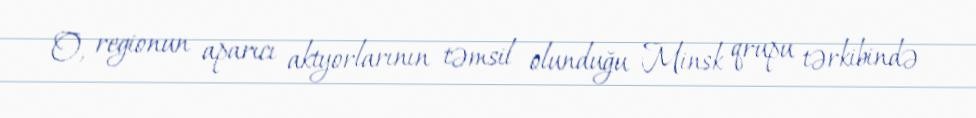
O, regionun aparıcı aktyorlarının təmsil olunduğu Minsk qrupu tərkibində